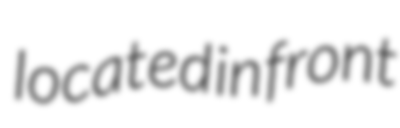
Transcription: located in front